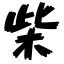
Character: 柴